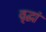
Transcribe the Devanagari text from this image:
वृद्धां